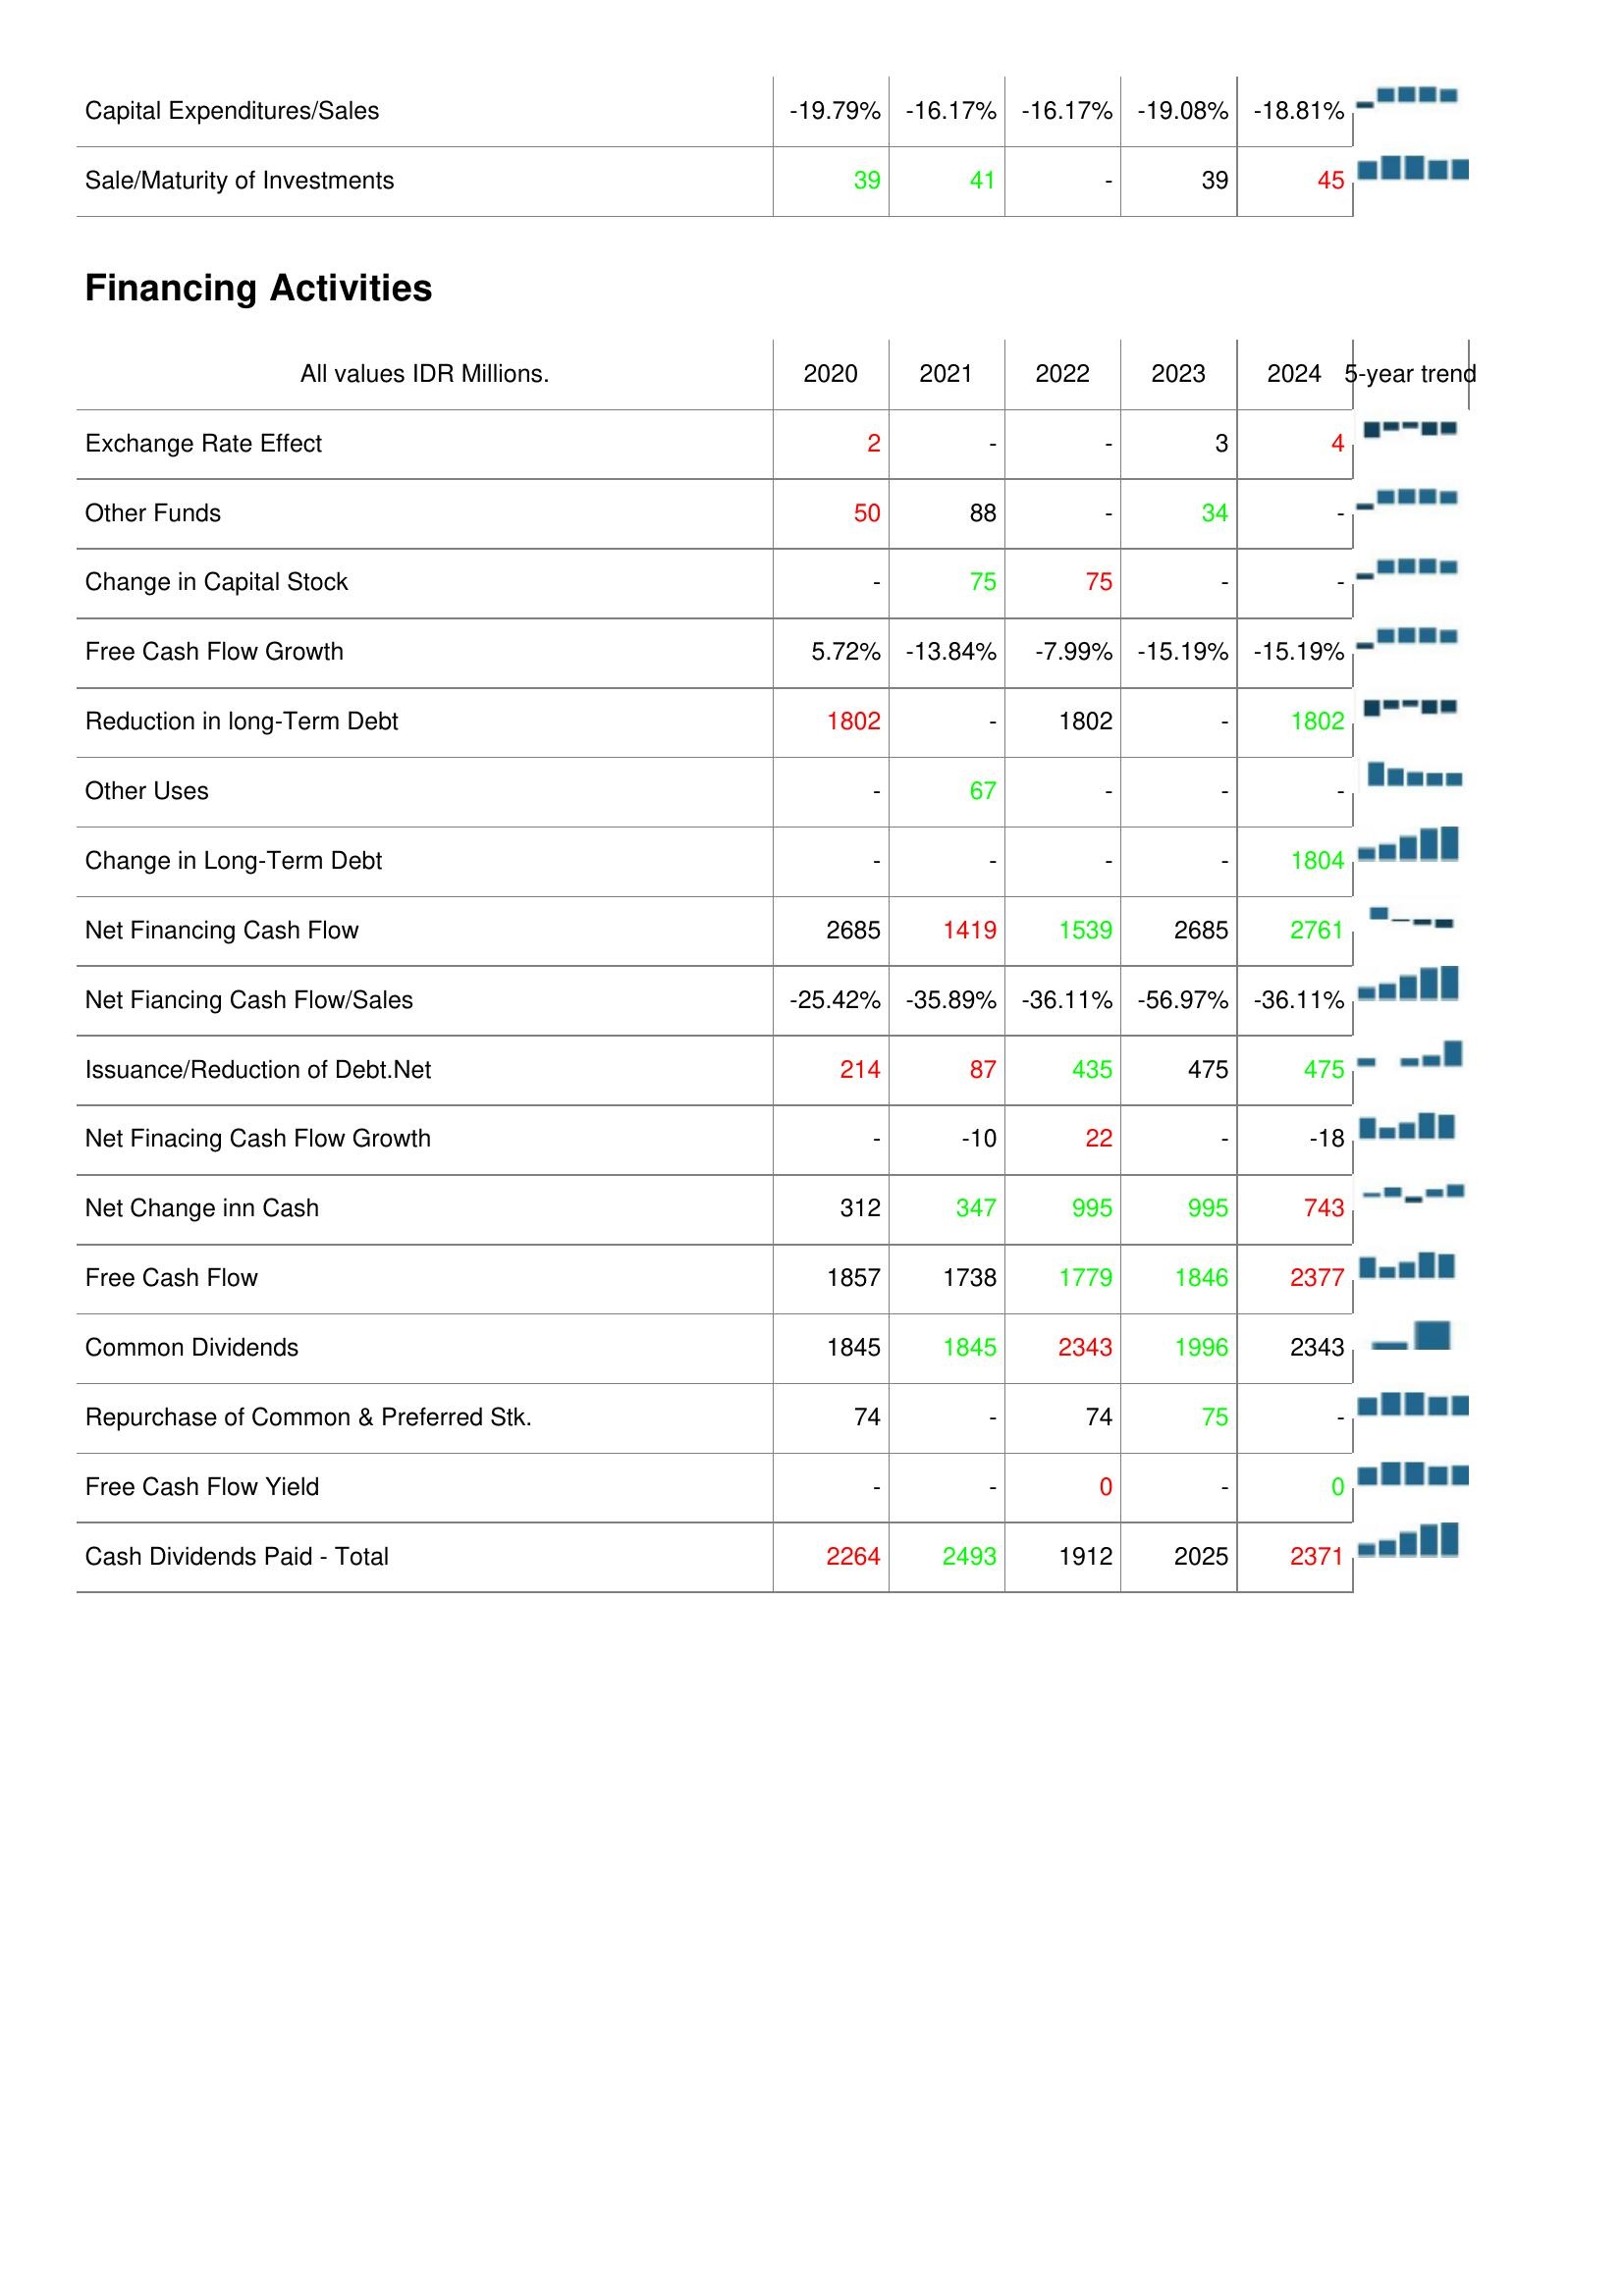
2020: Investing Activities: Capital Expenditures/Sales: -19.79%
Sale/Maturity of Investments: 39
Financing Activities: Exchange Rate Effect: 2
Other Funds: 50
Change in Capital Stock: -
Free Cash Flow Growth: 5.72%
Reduction in long-Term Debt: 1802
Other Uses: -
Change in Long-Term Debt: -
Net Financing Cash Flow: 2685
Net Fiancing Cash Flow/Sales: -25.42%
Issuance/Reduction of Debt.Net: 214
Net Finacing Cash Flow Growth: -
Net Change inn Cash: 312
Free Cash Flow: 1857
Common Dividends: 1845
Repurchase of Common & Preferred Stk.: 74
Free Cash Flow Yield: -
Cash Dividends Paid - Total: 2264
2021: Investing Activities: Capital Expenditures/Sales: -16.17%
Sale/Maturity of Investments: 41
Financing Activities: Exchange Rate Effect: -
Other Funds: 88
Change in Capital Stock: 75
Free Cash Flow Growth: -13.84%
Reduction in long-Term Debt: -
Other Uses: 67
Change in Long-Term Debt: -
Net Financing Cash Flow: 1419
Net Fiancing Cash Flow/Sales: -35.89%
Issuance/Reduction of Debt.Net: 87
Net Finacing Cash Flow Growth: -10
Net Change inn Cash: 347
Free Cash Flow: 1738
Common Dividends: 1845
Repurchase of Common & Preferred Stk.: -
Free Cash Flow Yield: -
Cash Dividends Paid - Total: 2493
2022: Investing Activities: Capital Expenditures/Sales: -16.17%
Sale/Maturity of Investments: -
Financing Activities: Exchange Rate Effect: -
Other Funds: -
Change in Capital Stock: 75
Free Cash Flow Growth: -7.99%
Reduction in long-Term Debt: 1802
Other Uses: -
Change in Long-Term Debt: -
Net Financing Cash Flow: 1539
Net Fiancing Cash Flow/Sales: -36.11%
Issuance/Reduction of Debt.Net: 435
Net Finacing Cash Flow Growth: 22
Net Change inn Cash: 995
Free Cash Flow: 1779
Common Dividends: 2343
Repurchase of Common & Preferred Stk.: 74
Free Cash Flow Yield: 0
Cash Dividends Paid - Total: 1912
2023: Investing Activities: Capital Expenditures/Sales: -19.08%
Sale/Maturity of Investments: 39
Financing Activities: Exchange Rate Effect: 3
Other Funds: 34
Change in Capital Stock: -
Free Cash Flow Growth: -15.19%
Reduction in long-Term Debt: -
Other Uses: -
Change in Long-Term Debt: -
Net Financing Cash Flow: 2685
Net Fiancing Cash Flow/Sales: -56.97%
Issuance/Reduction of Debt.Net: 475
Net Finacing Cash Flow Growth: -
Net Change inn Cash: 995
Free Cash Flow: 1846
Common Dividends: 1996
Repurchase of Common & Preferred Stk.: 75
Free Cash Flow Yield: -
Cash Dividends Paid - Total: 2025
2024: Investing Activities: Capital Expenditures/Sales: -18.81%
Sale/Maturity of Investments: 45
Financing Activities: Exchange Rate Effect: 4
Other Funds: -
Change in Capital Stock: -
Free Cash Flow Growth: -15.19%
Reduction in long-Term Debt: 1802
Other Uses: -
Change in Long-Term Debt: 1804
Net Financing Cash Flow: 2761
Net Fiancing Cash Flow/Sales: -36.11%
Issuance/Reduction of Debt.Net: 475
Net Finacing Cash Flow Growth: -18
Net Change inn Cash: 743
Free Cash Flow: 2377
Common Dividends: 2343
Repurchase of Common & Preferred Stk.: -
Free Cash Flow Yield: 0
Cash Dividends Paid - Total: 2371